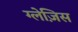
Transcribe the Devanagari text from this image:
ग्लेज़िस